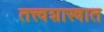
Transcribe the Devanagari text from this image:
तत्त्वशास्त्रात